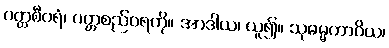
ပတ္တစီဝရံ၊ ပတ္တစည်ဝရကို။ အာဒါယ၊ ယူ၍။ သုဓမ္မကာဝိယ၊